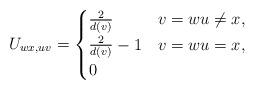
LaTeX: \begin{align*} U_{wx,uv} = \begin{cases} \frac{2}{d(v)} & v=w u \neq x ,\\\frac{2}{d(v)} -1 & v=w u = x, \\0 & \end{cases}\end{align*}